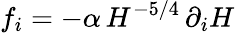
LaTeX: f_{i}=-\alpha\, H^{-5/4}\, \partial_{i}H